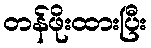
တန်ဖိုးထားပြီး